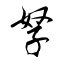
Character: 孥